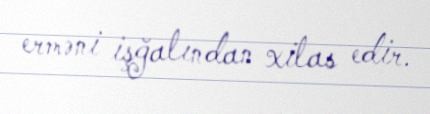
erməni işğalından xilas edir.